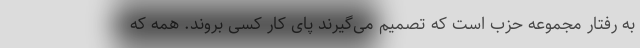
به رفتار مجموعه حزب است که تصمیم می‌گیرند پای کار کسی بروند. همه که